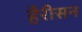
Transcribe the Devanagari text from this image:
हँरीसन